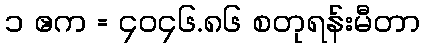
၁ ဧက = ၄၀၄၆.၈၆ စတုရန်းမီတာ